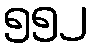
၅၅၂